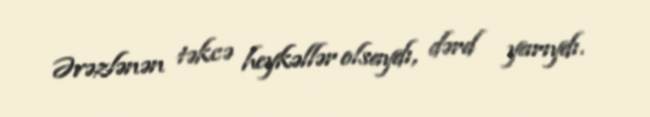
Əvəzlənən təkcə heykəllər olsaydı, dərd yarıydı.